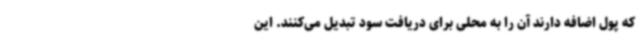
که پول اضافه دارند آن را به محلی برای دریافت سود تبدیل می‌کنند. این